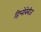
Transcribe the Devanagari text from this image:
हिप्नोबेबीज